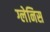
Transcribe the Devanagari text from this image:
ग्लेनिस